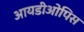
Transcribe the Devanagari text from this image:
आयडीओपिस